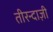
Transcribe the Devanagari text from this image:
तीरन्दाज़ी